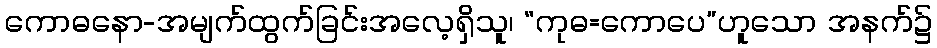
ကောဓနော-အမျက်ထွက်ခြင်းအလေ့ရှိသူ၊ “ကုဓ=ကောပေ”ဟူသော အနက်၌